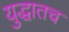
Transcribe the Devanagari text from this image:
युद्धातच